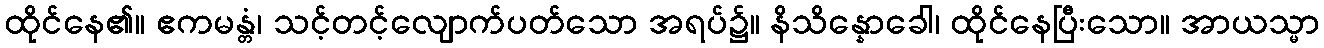
ထိုင်နေ၏။ ဧကမန္တံ၊ သင့်တင့်လျောက်ပတ်သော အရပ်၌။ နိသိန္နောခေါ၊ ထိုင်နေပြီးသော။ အာယသ္မာ